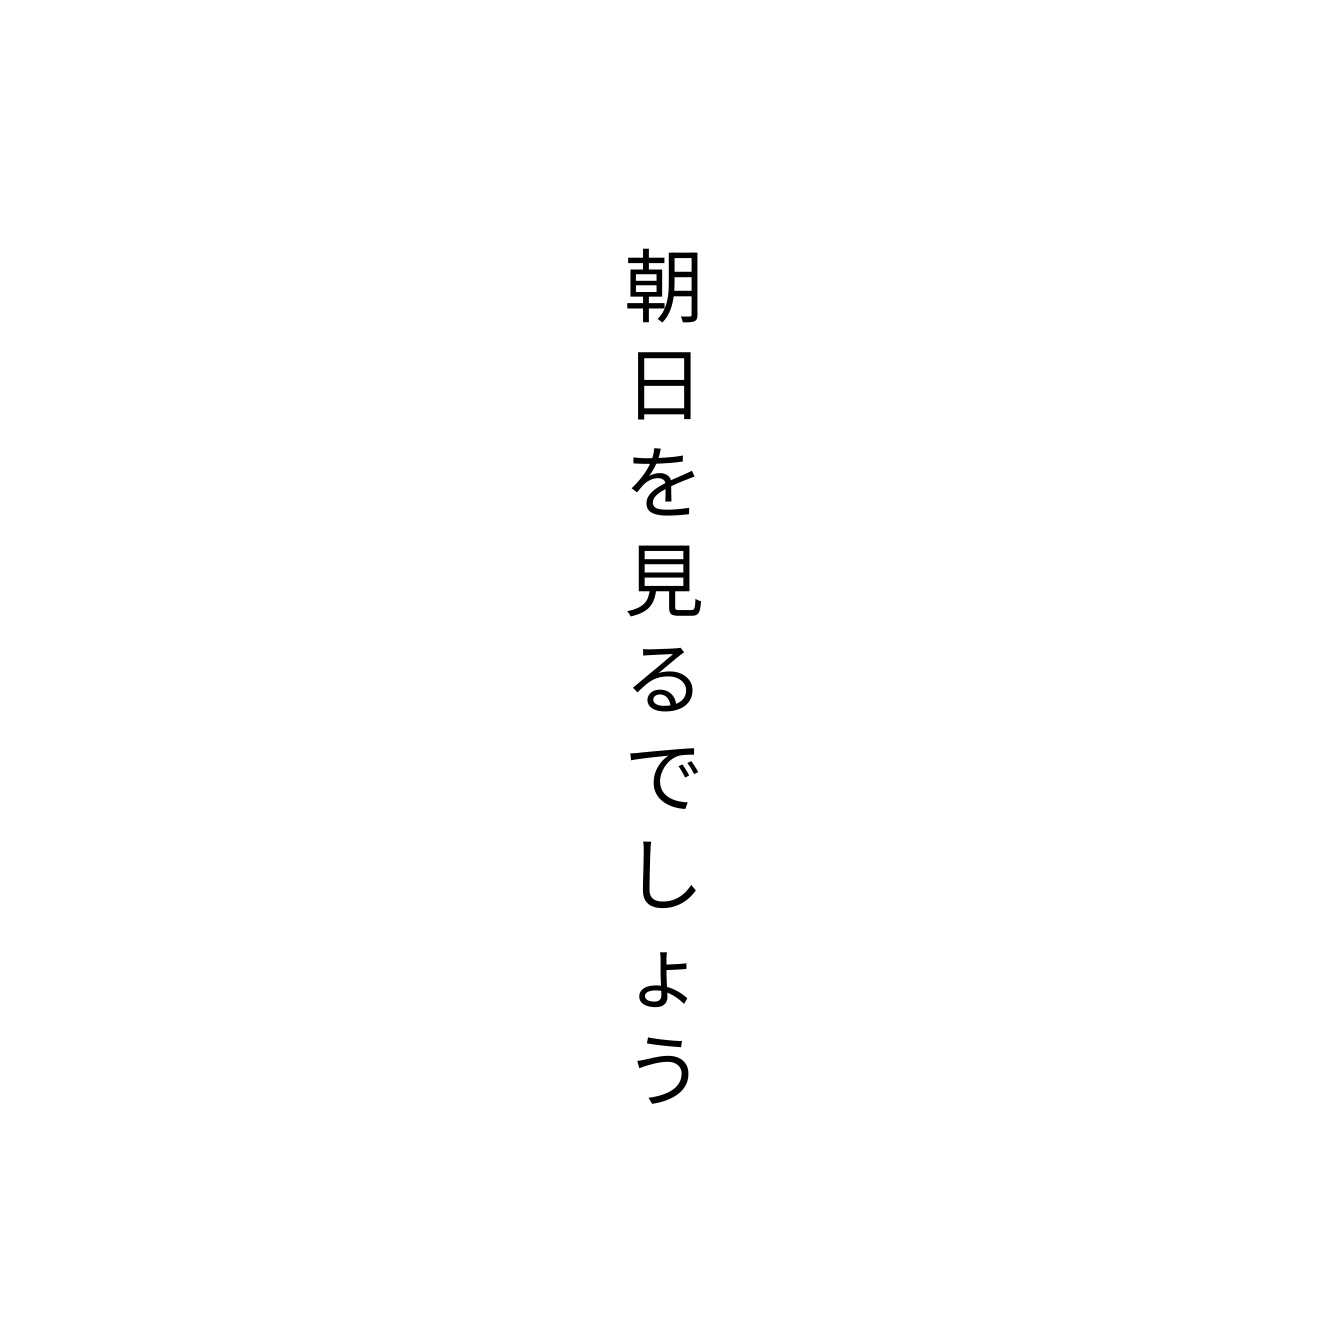
朝日を見るでしょう